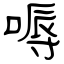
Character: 嗕